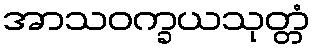
အာသဝက္ခယသုတ္တံ